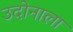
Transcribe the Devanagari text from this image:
उदोनाला